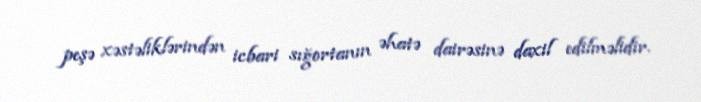
peşə xəstəliklərindən icbari sığortanın əhatə dairəsinə daxil edilməlidir.